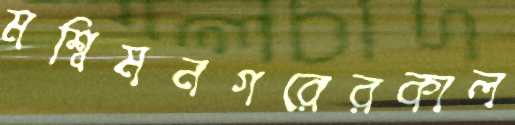
মশ্বিমনগরেরকাল